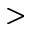
>